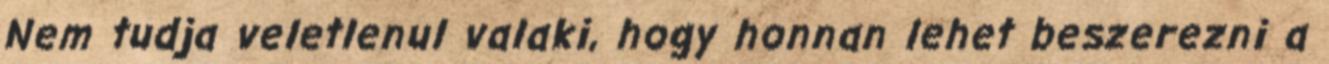
Nem tudja veletlenul valaki, hogy honnan lehet beszerezni a